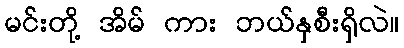
မင်းတို့ အိမ် ကား ဘယ်နှစီးရှိလဲ။